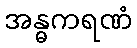
အန္ဓကရဏံ